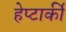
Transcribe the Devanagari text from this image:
हेप्टार्की